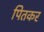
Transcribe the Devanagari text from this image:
पितकर